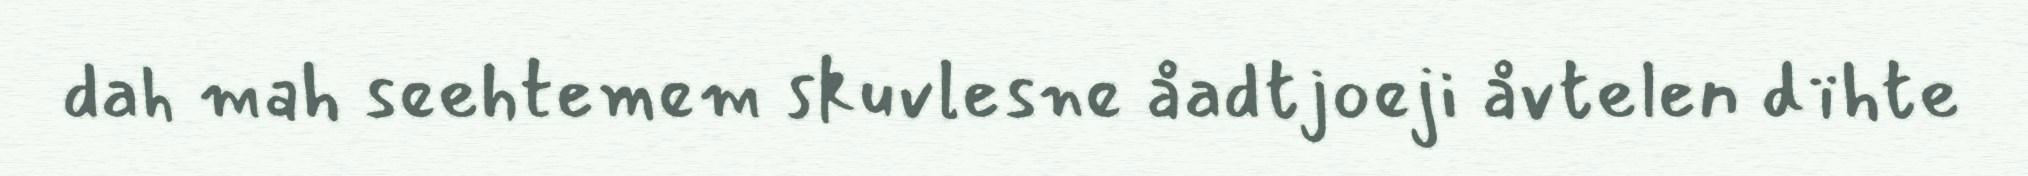
dah mah seehtemem skuvlesne åadtjoeji åvtelen dïhte